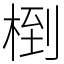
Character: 椡